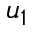
u _ { 1 }